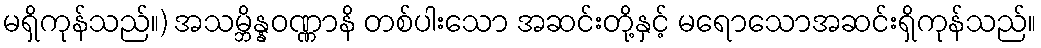
မရှိကုန်သည်။) အသမ္ဘိန္နဝဏ္ဏာနိ တစ်ပါးသော အဆင်းတို့နှင့် မရောသောအဆင်းရှိကုန်သည်။